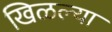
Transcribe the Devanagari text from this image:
खिळल्या